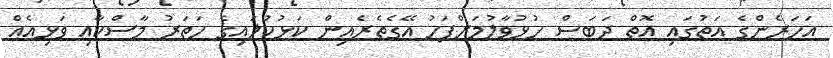
އަހަރެންގެ އަތުގައި އޮތް ދަބަސް ހުޅުވާލުމަށްފަހު އޭގެތެރެއިން ކަޅުކުލައިގެ ހަތަރު މާސްކާއި ވަޅިއެއް